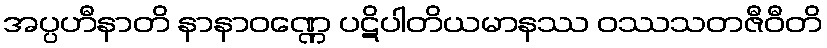
အပ္ပဟီနာတိ နာနာဝဏ္ဏေ ပဋိပါတိယမာနဿ ဝဿသတဇီဝီတိ